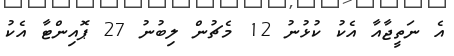
އެ ނަތީޖާއާ އެކު ކުޅުނު 12 މެޗުން ލިބުނު 27 ޕޮއިންޓާ އެކު